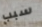
سبب